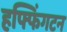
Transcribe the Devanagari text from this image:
हफ्फिंगटन